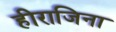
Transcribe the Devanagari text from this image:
हीराजिना